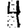
Digit: 4